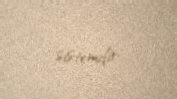
sistemdir.